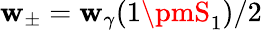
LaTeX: \mathbf{w}_{\pm}=\mathbf{w}_{\gamma}(1\pmS_{1})/2